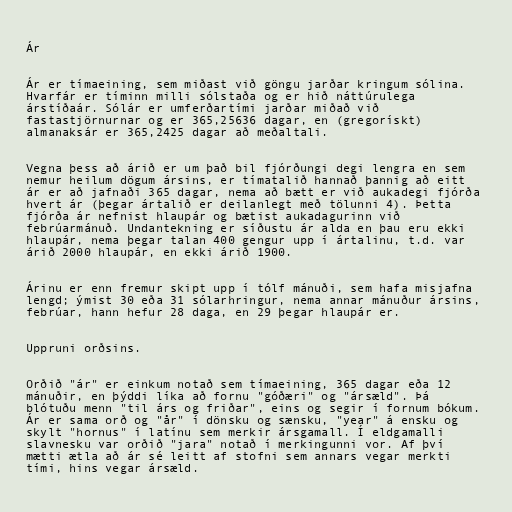
Ár

Ár er tímaeining, sem miðast við göngu jarðar kringum sólina.
Hvarfár er tíminn milli sólstaða og er hið náttúrulega
árstíðaár. Sólár er umferðartími jarðar miðað við
fastastjörnurnar og er 365,25636 dagar, en (gregorískt)
almanaksár er 365,2425 dagar að meðaltali.

Vegna þess að árið er um það bil fjórðungi degi lengra en sem
nemur heilum dögum ársins, er tímatalið hannað þannig að eitt
ár er að jafnaði 365 dagar, nema að bætt er við aukadegi fjórða
hvert ár (þegar ártalið er deilanlegt með tölunni 4). Þetta
fjórða ár nefnist hlaupár og bætist aukadagurinn við
febrúarmánuð. Undantekning er síðustu ár alda en þau eru ekki
hlaupár, nema þegar talan 400 gengur upp í ártalinu, t.d. var
árið 2000 hlaupár, en ekki árið 1900.

Árinu er enn fremur skipt upp í tólf mánuði, sem hafa misjafna
lengd; ýmist 30 eða 31 sólarhringur, nema annar mánuður ársins,
febrúar, hann hefur 28 daga, en 29 þegar hlaupár er.

Uppruni orðsins.

Orðið "ár" er einkum notað sem tímaeining, 365 dagar eða 12
mánuðir, en þýddi líka að fornu "góðæri" og "ársæld". Þá
blótuðu menn "til árs og friðar", eins og segir í fornum bókum.
Ár er sama orð og "år" í dönsku og sænsku, "year" á ensku og
skylt "hornus" í latínu sem merkir ársgamall. Í eldgamalli
slavnesku var orðið "jara" notað í merkingunni vor. Af því
mætti ætla að ár sé leitt af stofni sem annars vegar merkti
tími, hins vegar ársæld.